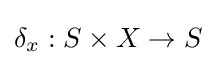
\delta _{x}:S\times X\rightarrow S